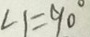
\angle 1 = 9 0 ^ { \circ }